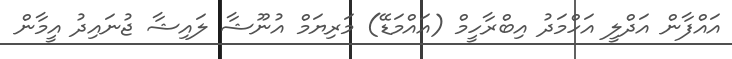
އައްފާން އަދްލީ އަހްމަދު އިބްރާހީމް (އައްމަޑޭ) މަރިޔަމް އުނޫޝާ ލައިޝާ ޖުނައިދު އީމާން